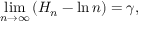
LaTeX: \operatorname* { l i m } _ { n \to \infty } \left( H _ { n } - \ln n \right) = \gamma ,